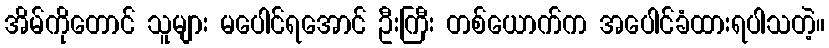
အိမ်ကိုတောင် သူများ မပေါင်ရအောင် ဦးကြီး တစ်ယောက်က အပေါင်ခံထားရပါသတဲ့။